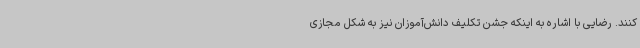
‌کنند. رضایی با اشاره به اینکه جشن تکلیف دانش‌آموزان نیز به شکل مجازی